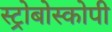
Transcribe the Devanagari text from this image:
स्ट्रोबोस्कोपी